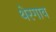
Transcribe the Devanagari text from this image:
थेरगाव